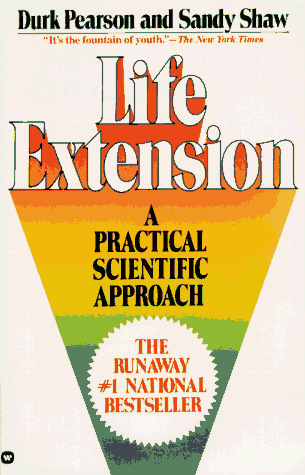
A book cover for Life Extension: A Practical Scientific Approach; Durk Pearson; Health, Fitness & Dieting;